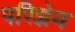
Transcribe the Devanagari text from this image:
परिज्ञेय